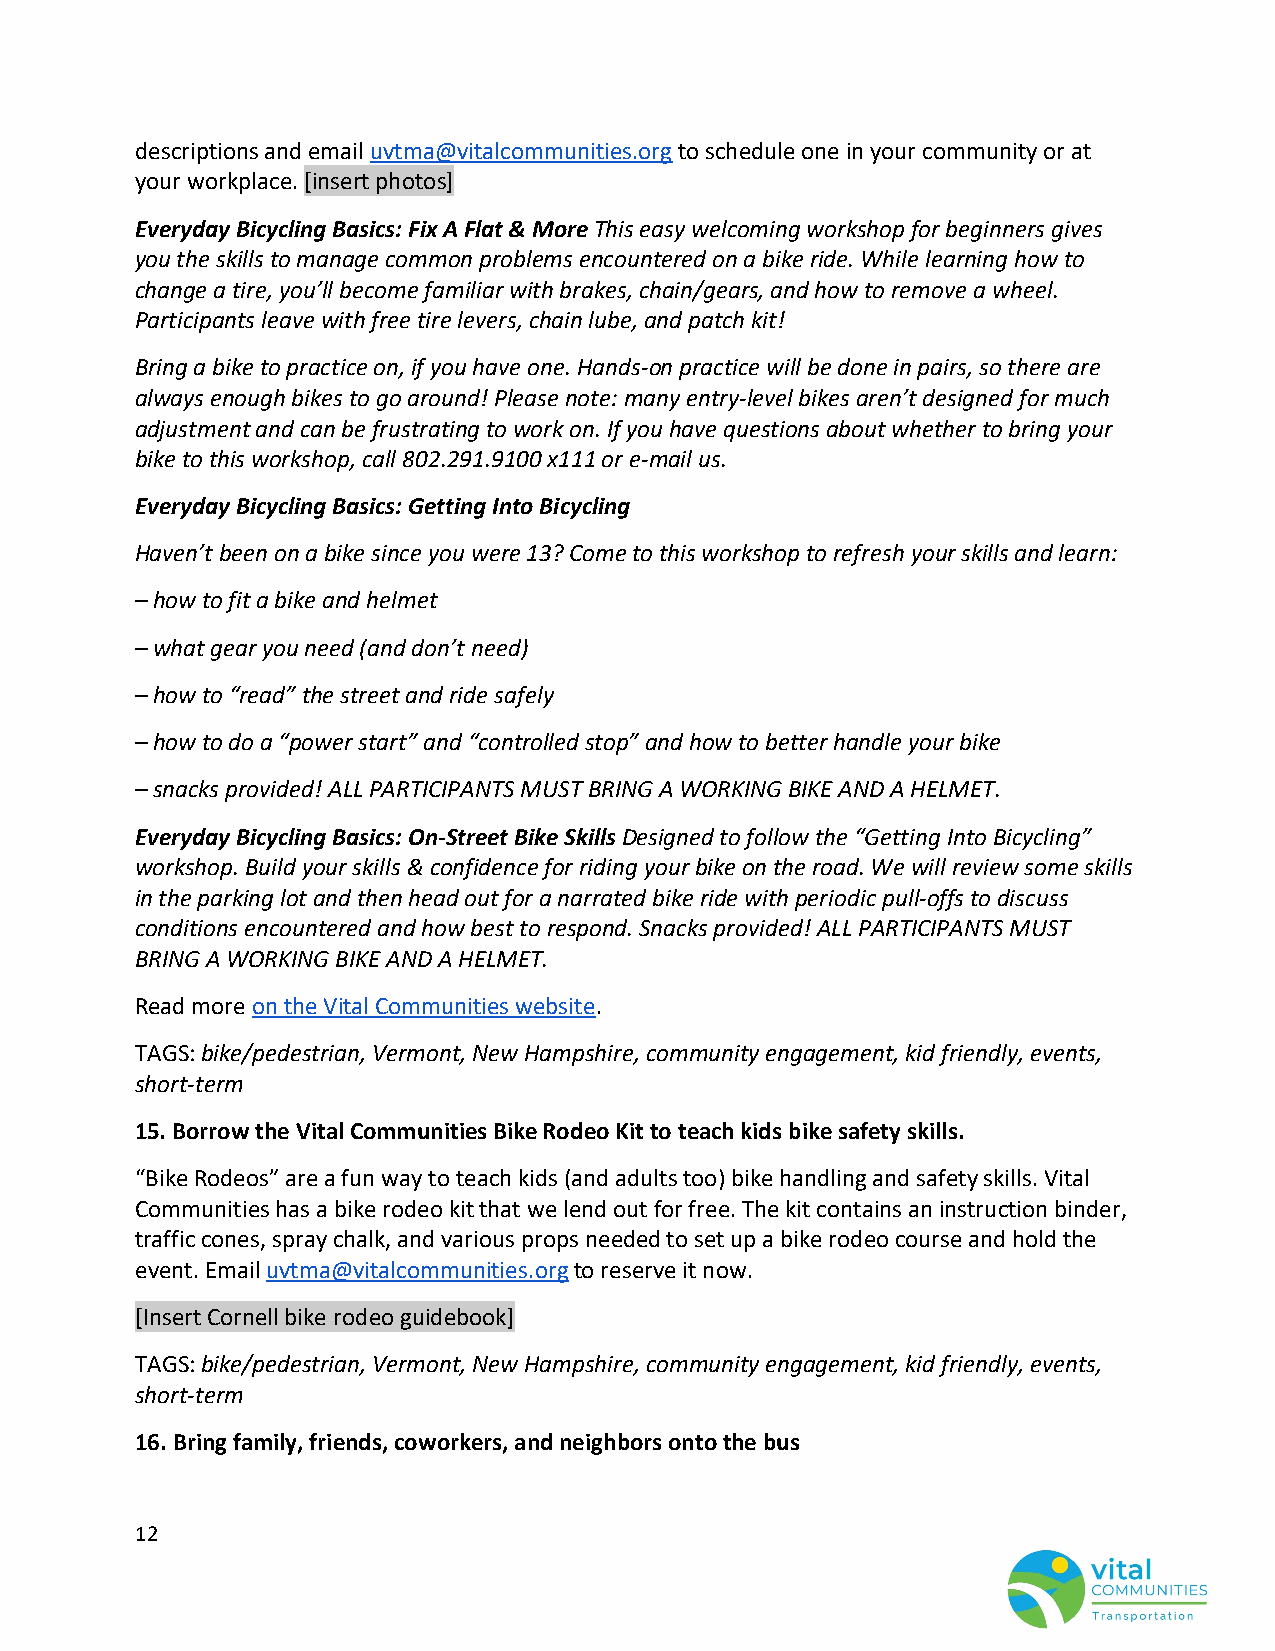
descriptions and email uvtma@vitalcommunities.org to schedule one in your community or at
 your workplace. [insert photos]
 Everyday Bicycling Basics: Fix A Flat & More This easy welcoming workshop for beginners gives
 you the skills to manage common problems encountered on a bike ride. While learning how to
 change a tire, you’ll become familiar with brakes, chain/gears, and how to remove a wheel.
 Participants leave with free tire levers, chain lube, and patch kit!
 Bring a bike to practice on, if you have one. Hands-on practice will be done in pairs, so there are
 always enough bikes to go around! Please note: many entry-level bikes aren’t designed for much
 adjustment and can be frustrating to work on. If you have questions about whether to bring your
 bike to this workshop, call 802.291.9100 x111 or e-mail us.
 Everyday Bicycling Basics: Getting Into Bicycling
 Haven’t been on a bike since you were 13? Come to this workshop to refresh your skills and learn:
 – how to fit a bike and helmet
 – what gear you need (and don’t need)
 – how to “read” the street and ride safely
 – how to do a “power start” and “controlled stop” and how to better handle your bike
 – snacks provided! ALL PARTICIPANTS MUST BRING A WORKING BIKE AND A HELMET.
 Everyday Bicycling Basics: On-Street Bike Skills Designed to follow the “Getting Into Bicycling”
 workshop. Build your skills & confidence for riding your bike on the road. We will review some skills
 in the parking lot and then head out for a narrated bike ride with periodic pull-offs to discuss
 conditions encountered and how best to respond. Snacks provided! ALL PARTICIPANTS MUST
 BRING A WORKING BIKE AND A HELMET.
 Read more on the Vital Communities website.
 TAGS: bike/pedestrian, Vermont, New Hampshire, community engagement, kid friendly, events,
 short-term
 15. Borrow the Vital Communities Bike Rodeo Kit to teach kids bike safety skills.
 “Bike Rodeos” are a fun way to teach kids (and adults too) bike handling and safety skills. Vital
 Communities has a bike rodeo kit that we lend out for free. The kit contains an instruction binder,
 traffic cones, spray chalk, and various props needed to set up a bike rodeo course and hold the
 event. Email uvtma@vitalcommunities.org to reserve it now.
 [Insert Cornell bike rodeo guidebook]
 TAGS: bike/pedestrian, Vermont, New Hampshire, community engagement, kid friendly, events,
 short-term
 16. Bring family, friends, coworkers, and neighbors onto the bus
 12